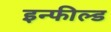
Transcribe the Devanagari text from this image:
इन्फील्ड